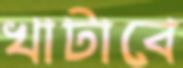
খাটাবে